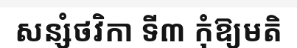
សន្សំថវិកា ទី៣ កុំឱ្យមតិ